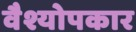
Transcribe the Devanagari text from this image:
वैश्योपकार